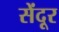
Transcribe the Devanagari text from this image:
सेंदूर